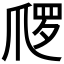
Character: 𱬿